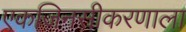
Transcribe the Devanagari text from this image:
एकजिनसीकरणाला